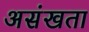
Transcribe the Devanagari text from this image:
असंखता